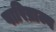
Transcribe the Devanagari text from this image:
पारिव्राज्य